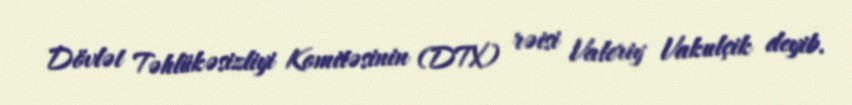
Dövlət Təhlükəsizliyi Komitəsinin (DTX) rəisi Valeriy Vakulçik deyib.